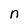
Character: n